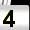
Digit: 4